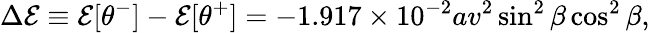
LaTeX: \Delta{\cal E}\equiv{\cal E}[\theta^{-}]-{\cal E}[\theta^{+}]=-1.917\times 10^{-2}av^{2}\sin^{2}\beta\cos^{2}\beta,